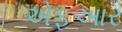
એફઆર